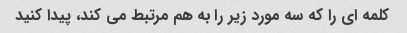
کلمه ای را که سه مورد زیر را به هم مرتبط می کند، پیدا کنید